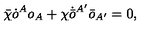
\bar { \chi } \dot { o } ^ { A } o _ { A } + \chi \dot { \bar { o } } { } ^ { A ^ { \prime } } \bar { o } _ { A ^ { \prime } } = 0 ,